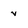
Character: V